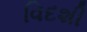
વિદશી